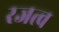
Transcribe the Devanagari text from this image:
रजत्व